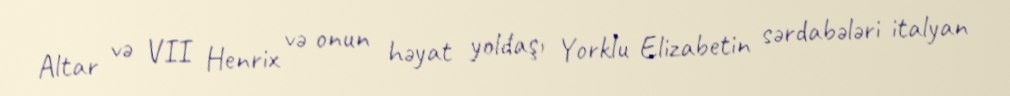
Altar və VII Henrix və onun həyat yoldaşı Yorklu Elizabetin sərdabələri italyan